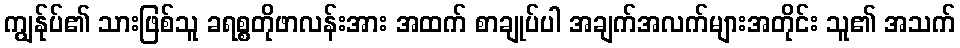
ကျွန်ုပ်၏ သားဖြစ်သူ ခရစ္စတိုဖာလန်းအား အထက် စာချုပ်ပါ အချက်အလက်များအတိုင်း သူ၏ အသက်